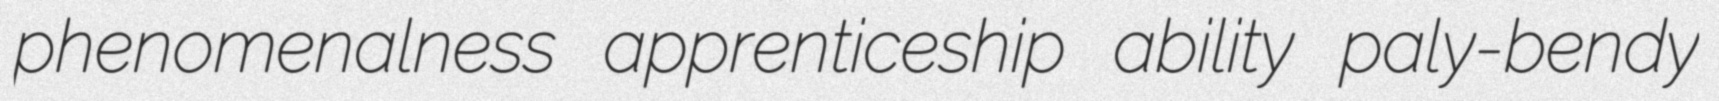
phenomenalness apprenticeship ability paly-bendy